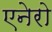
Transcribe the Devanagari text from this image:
एनेरो